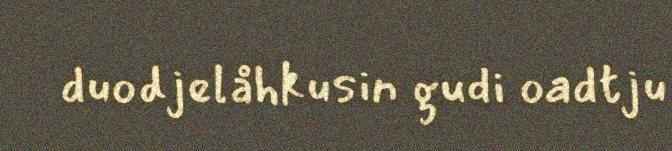
duodjelåhkusin gudi oadtju